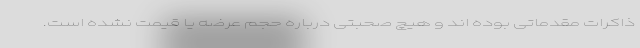
ذاکرات مقدماتی بوده اند و هیچ صحبتی درباره حجم عرضه یا قیمت نشده است.